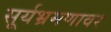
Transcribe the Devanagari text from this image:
सूर्यभ्रमणावर